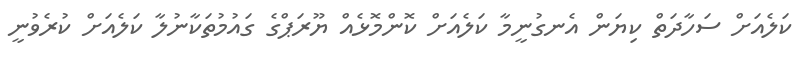
ކަލެއަށް ސަހާދަތް ކިޔަން އެނގުނީމާ ކަލެއަށް ކޮންމޮޅެއް ޔޫރަޕްގެ ގައުމުތަކާނުލާ ކަލެއަށް ކުރެވުނީ